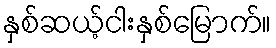
နှစ်ဆယ့်ငါးနှစ်မြောက်။